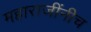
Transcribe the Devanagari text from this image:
महाराजींनीच